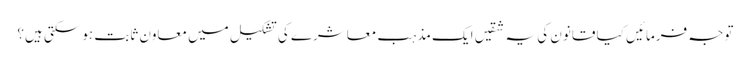
توجہ فرمائیں کیا قانون کی یہ شقیں ایک مذہب معاشرے کی تشکیل میں معاون ثابت ہوسکتی ہیں؟